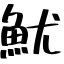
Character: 魷